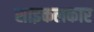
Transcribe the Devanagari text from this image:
साइकलकार